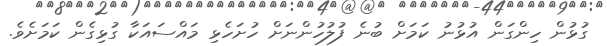
ގުޅުން ހިންގަން އުޅުނު ކަމަށް ބުނެ ފުލުހުންނަށް ހުށަހެޅި މައްސައަކާ ގުޅިގެން ކަމަށެވެ.